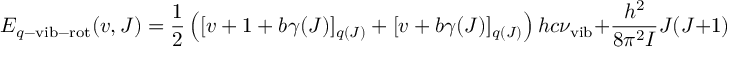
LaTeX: E _ { q - \mathrm { v i b - r o t } } ( v , J ) = { \frac { 1 } { 2 } } \left( [ v + 1 + b \gamma ( J ) ] _ { q ( J ) } + [ v + b \gamma ( J ) ] _ { q ( J ) } \right) h c \nu _ { \mathrm { v i b } } + \frac { h ^ { 2 } } { 8 \pi ^ { 2 } I } J ( J + 1 ) ~ .